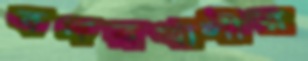
বদরখালীর